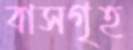
বাসগৃহ